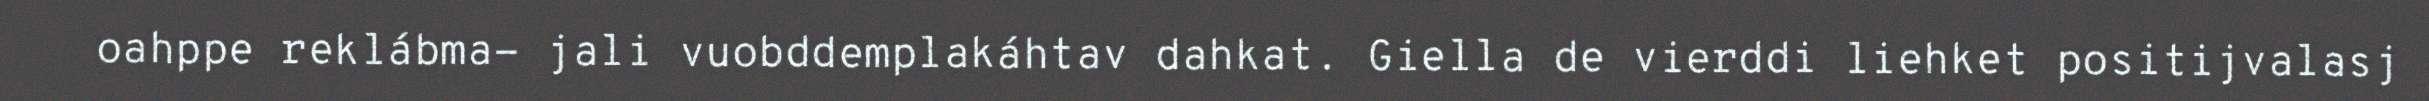
oahppe reklábma- jali vuobddemplakáhtav dahkat. Giella de vierddi liehket positijvalasj